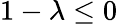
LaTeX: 1-\lambda\leq 0